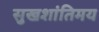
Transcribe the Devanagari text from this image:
सुखशांतिमय